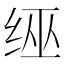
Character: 𦈊